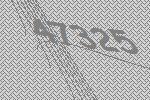
47325